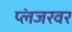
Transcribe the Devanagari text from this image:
प्लंजरवर